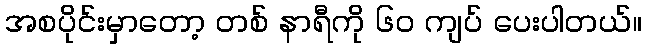
အစပိုင်းမှာတော့ တစ် နာရီကို ၆၀ ကျပ် ပေးပါတယ်။